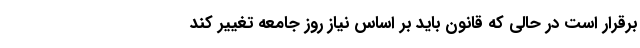
برقرار است در حالی که قانون باید بر اساس نیاز روز جامعه تغییر کند